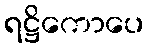
ရဋ္ဌိကောပေ